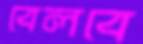
বেলবে